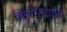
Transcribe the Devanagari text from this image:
विट्गेंस्टाइन